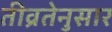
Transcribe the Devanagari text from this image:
तीव्रतेनुसार